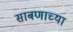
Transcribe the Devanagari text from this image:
साबणाच्या